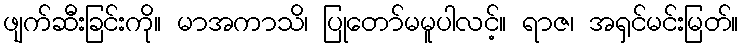
ဖျက်ဆီးခြင်းကို။ မာအကာသိ၊ ပြုတော်မမူပါလင့်။ ရာဇ၊ အရှင်မင်းမြတ်။